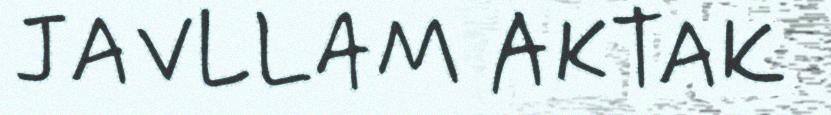
JAVLLAM AKTAK